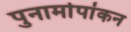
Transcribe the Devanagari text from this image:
पुनार्मापांकन